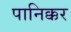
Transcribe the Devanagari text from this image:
पानिक्कर